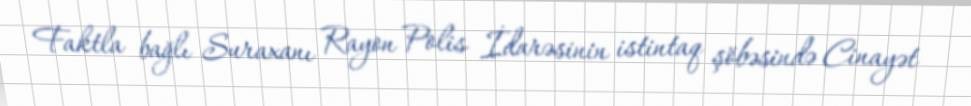
Faktla bağlı Suraxanı Rayon Polis İdarəsinin istintaq şöbəsində Cinayət